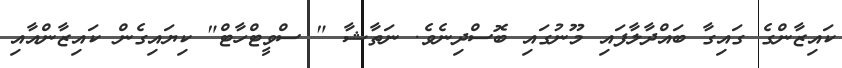
ކައިޒާންގެ ގައިގާ ބައްދާލާފައި މޫނުގައި ބޮސްދިނެވެ. ނަތާޝާ " ސްވީޓްހާޓް" ކިޔައިގެން ކައިޒާންއާއި